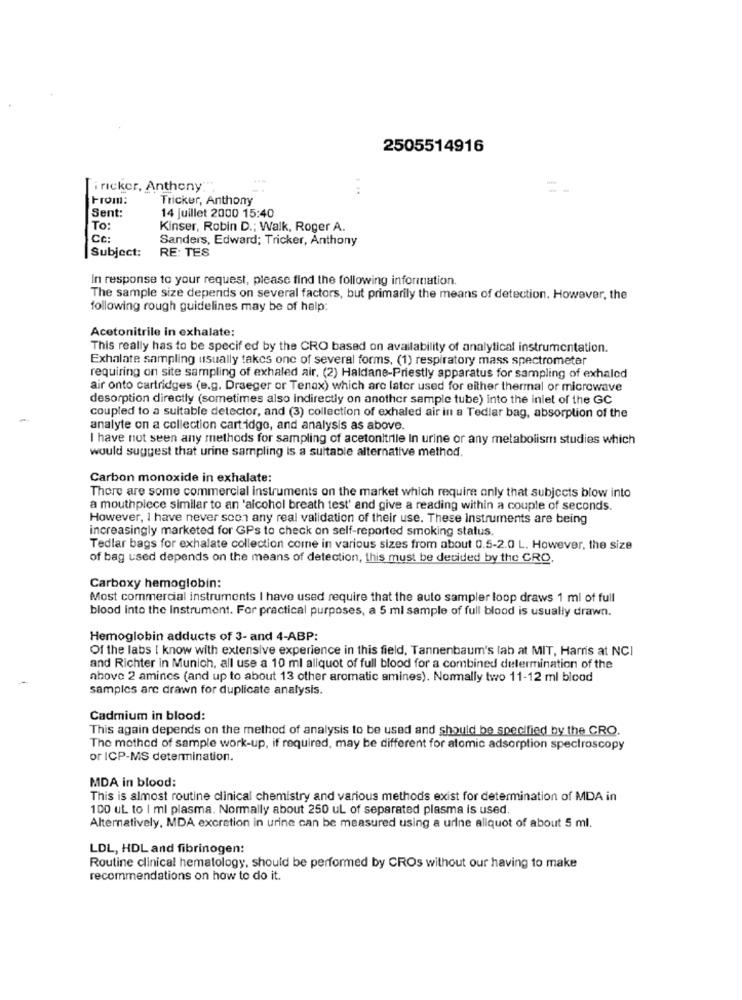
2505514916
iricker, Anthony""
From:
Tricker, Anthony
Sent:
14 Juillet 2000 15:40
To
Kinser, Robin D .: Walk, Roger A.
Cc:
Sanders, Edward; Tricker, Anthony
Subject:
RE: TES
In response to your request, please find the following information.
The sample size depends on several factors, but primarily the means of detection. However, the
following rough guidelines may be of help:
Acetonitrile in exhalate:
This really has to be specif ed by the CRO based on availability of analytical instrumentation.
Exhalate sampling usually takes one of several forms, (1) respiratory mass spectrometer
requiring on site sampling of exhaled air. (2) Haldane-Priestly apparatus for sampling of exhaled
air onto cartridges (e.g. Draeger or Tenax) which are later used for either thermal or microwave
desorption directly (sometimes also indirectly on another sample tube) into the inlet of the GC
coupled to a suitable detector, and (3) collection of exhaled air in a Tedlar bag, absorption of the
analyte on a collection cartidgo, and analysis as above.
I have not seen any methods for sampling of acetonitrile In urine or any metabolism studies which
would suggest that urine sampling is a suitable alternative method.
Carbon monoxide in exhalate:
There are some commercial instruments on the market which require only that subjects blow into
a mouthpiece similar to an 'alcohol breath test' and give a reading within a couple of seconds.
However, I have never scon any real validation of their use. These instruments are being
increasingly marketed for GPs to check on self-reported smoking status.
Tedlar bags for exhalate collection come in various sizes from about 0.5-2.0 L. However, the size
of bag used depends on the means of detection, this must be decided by the CRO.
Carboxy hemoglobin:
Most commercial instruments I have used require that the auto sampler loop draws 1 ml of full
blood into the Instrument. For practical purposes, a 5 ml sample of full blood is usually drawn.
Hemoglobin adducts of 3- and 4-ABP:
Of the labs [ know with extensive experience in this field, Tannenbaum's lab at MIT, Harris at NCI
and Richter in Munich, all use a 10 ml aliquot of full blood for a combined determination of the
nhove 2 amines (and up to about 13 other aromatic amines). Normally two 11-12 ml blood
samples are drawn for duplicate analysis.
Cadmium in blood:
This again depends on the method of analysis to be used and should be specified by the CRO.
The mothed of sample work-up, if required, may be different for atomic adsorption spectroscopy
or ICP-MS determination.
MDA in blood:
This is almost routine clinical chemistry and various methods exist for determination of MDA in
100 ut. to I ml plasma. Normally about 250 ul of separated plasma is used.
Alternatively, MDA excretion in urine can be measured using a urine aliquot of about 5 ml.
LDL, HDL and fibrinogen:
Routine clinical hematology, should be performed by CROs without our having to make
recommendations on how to do it.